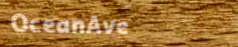
OceanAve